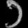
Digit: ၁